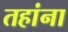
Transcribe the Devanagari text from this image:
तहांना